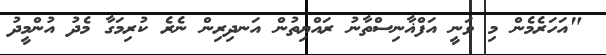
"އަހަރެމެން މި ވަނީ އަފްޣާނިސްތާނު ރައްޔިތުން އަނދިރިން ނެރެ ކުރިމަގާ މެދު އުންމީދު